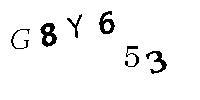
G8Y653